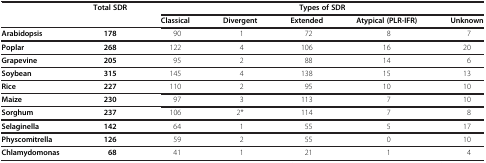
|  | Total SDR | <COLSPAN=5> Types of SDR |
 |  |  | Classical | Divergent | Extended | Atypical (PLR-IFR) | Unknown |
 | --- | --- | --- | --- | --- | --- | --- |
 | Arabidopsis | 178 | 90 | 1 | 72 | 8 | 7 |
 | Poplar | 268 | 122 | 4 | 106 | 16 | 20 |
 | Grapevine | 205 | 95 | 2 | 88 | 14 | 6 |
 | Soybean | 315 | 145 | 4 | 138 | 15 | 13 |
 | Rice | 227 | 110 | 2 | 95 | 10 | 10 |
 | Maize | 230 | 97 | 3 | 113 | 7 | 10 |
 | Sorghum | 237 | 106 | 2* | 114 | 7 | 8 |
 | Selaginella | 142 | 64 | 1 | 55 | 5 | 17 |
 | Physcomitrella | 126 | 59 | 2 | 55 | 0 | 10 |
 | Chlamydomonas | 68 | 41 | 1 | 21 | 1 | 4 |